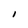
Character: I